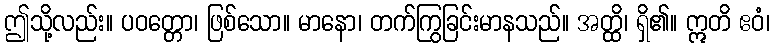
ဤသို့လည်း။ ပဝတ္တော၊ ဖြစ်သော။ မာနော၊ တက်ကြွခြင်းမာနသည်။ အတ္ထိ၊ ရှိ၏။ ဣတိ ဧဝံ၊